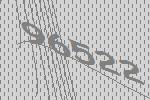
96522